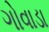
ગોવાડા